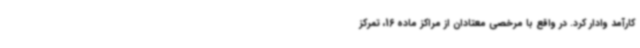
کارآمد وادار کرد. در واقع با مرخصی معتادان از مراکز ماده 16، تمرکز